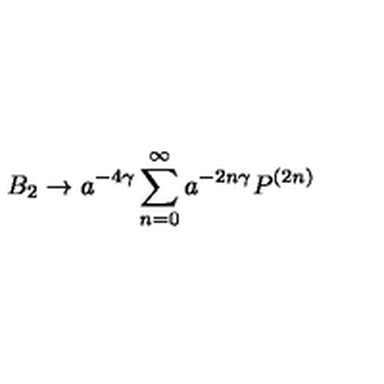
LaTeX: B _ { 2 } \rightarrow a ^ { - 4 \gamma } \sum _ { n = 0 } ^ { \infty } a ^ { - 2 n \gamma } P ^ { ( 2 n ) }